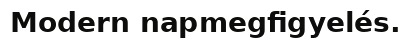
Modern napmegfigyelés.